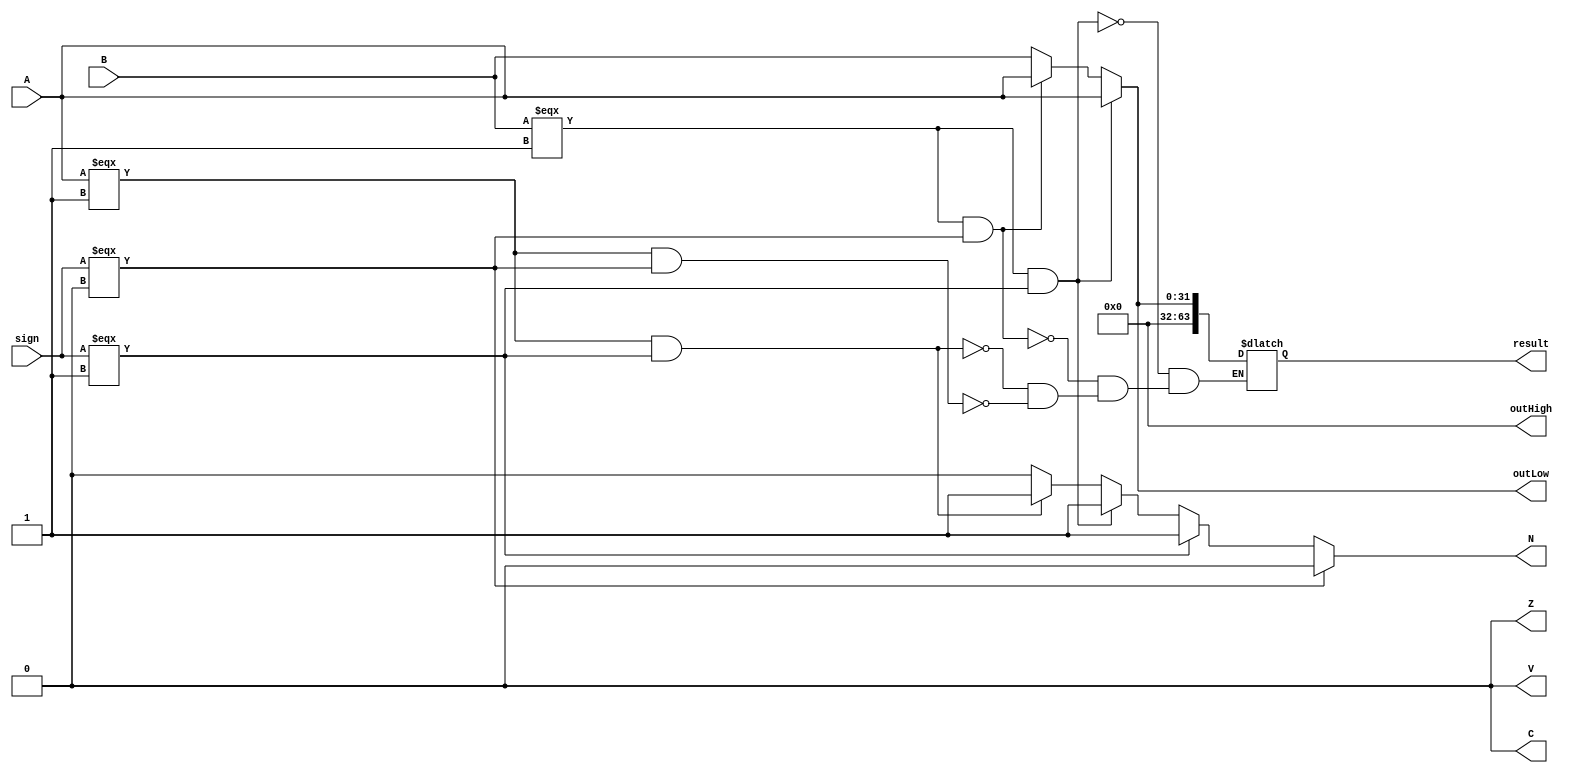
module mult(
	output reg [31:0] outHigh,   //for the numbers whose result is more than 32 bits
	output reg [31:0] outLow,
	input[31:0] A, B,
	input sign,
	output reg Z, 	//zero flag
	output reg N,	//negative flag
	output reg C,	//carry flag
	output reg V,	//overflow flags
	output reg[63:0] result
	);

always @(A,B,sign)
begin
		Z=0;
		N=0;	//by default all of them will be zero before the multiplication
		C=0;
		V=0;
	if(A===1 && sign ===0) begin
		result[63:32]=32'd0;
		result[31:0] = 	B;
	end
	if(A===1 && sign ===1)begin 
		result[63:32]=32'd0;
		result[31:0] = 	B;
		N=1;

	end
	if(B===1 && sign ===0) begin
		result[64:32]=32'h0000;
		result[31:0] = 	A;
	end
	if(B===1 && sign ===1) begin
		result[63:32]=32'd0;
		result[31:0] = 	A;
		N=1;
	end
	if(sign ===1) begin
		{outHigh,outLow}<=$signed({32'h00000000,A})*$signed({32'h00000000,B});
		N=1;
	end 
	if(sign===0) begin
		{outHigh,outLow}<=$unsigned({32'h00000000,A})*$unsigned({32'h00000000,B});
		N=0;
	end

outHigh = result[64:32];
outLow = result[31:0];
	$display("\\\\\\\\\\\\\\\\\\\\\\\\\\\\\\\\nresult:",result);
end
endmodule